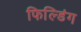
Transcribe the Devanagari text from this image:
फिल्डिंग